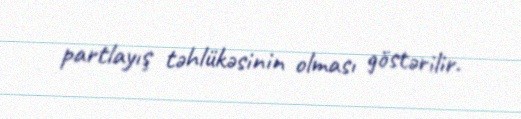
partlayış təhlükəsinin olması göstərilir.